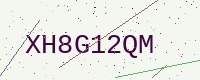
Text: XH8G12QM